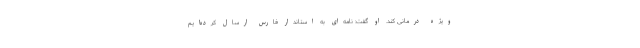
ویژه درمانی کند. او گفت: نامه‌ای به استاندار فارس ارسال کرده‌ایم